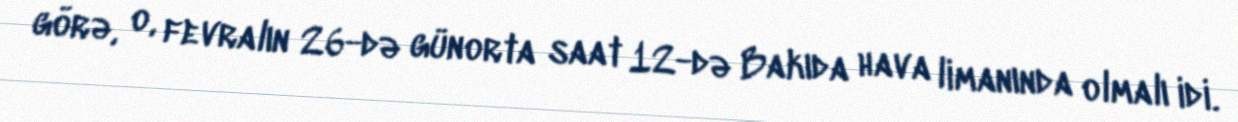
görə, o, fevralın 26-də günorta saat 12-də Bakıda hava limanında olmalı idi.